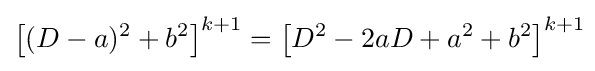
\left[(D-a)^{2}+b^{2}\right]^{k+1}=\left[D^{2}-2aD+a^{2}+b^{2}\right]^{k+1}\!